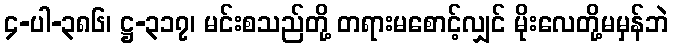
၄-ပါ-၃၈၆၊ ဋ္ဌ-၃၁၇၊ မင်းစသည်တို့ တရားမစောင့်လျှင် မိုးလေတို့မမှန်ဘဲ